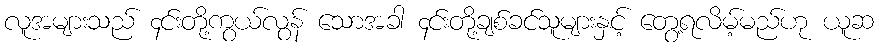
လူအများသည် ၄င်းတို့ကွယ်လွန် သောအခါ ၄င်းတို့ချစ်ခင်သူများနှင့် တွေ့ရလိမ့်မည်ဟု ယူဆ